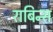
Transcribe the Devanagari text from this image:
राबिन्स